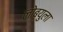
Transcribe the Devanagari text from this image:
लोब्युला